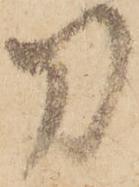
刀